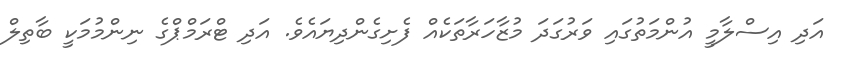
އަދި އިސްލާމީ އުންމަތުގައި ވަރުގަދަ މުޒާހަރާތަކެއް ފެށިގެންދިޔައެވެ. އަދި ޓްރަމްޕްގެ ނިންމުމަކީ ބާތިލް